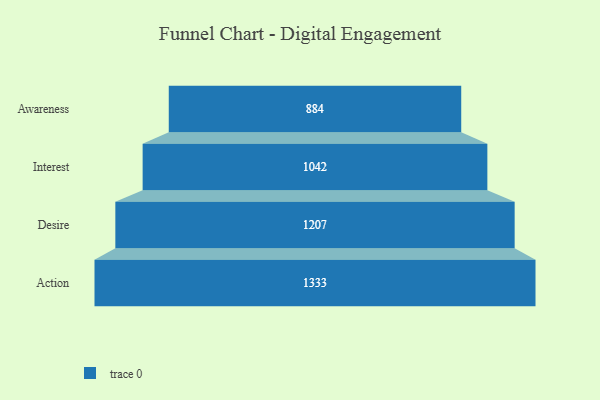
{"axis": {"x": "Stage", "y": "Value"}, "legend": [""], "data": [{"x": "Awareness", "y": 884.0, "type": ""}, {"x": "Interest", "y": 1042.0, "type": ""}, {"x": "Desire", "y": 1207.0, "type": ""}, {"x": "Action", "y": 1333.0, "type": ""}]}